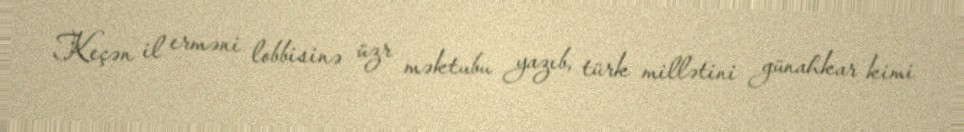
Keçən il erməni lobbisinə üzr məktubu yazıb, türk millətini günahkar kimi